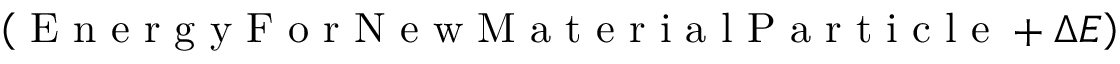
\left( \mathrm { ~ E ~ n ~ e ~ r ~ g ~ y ~ F ~ o ~ r ~ N ~ e ~ w ~ M ~ a ~ t ~ e ~ r ~ i ~ a ~ l ~ P ~ a ~ r ~ t ~ i ~ c ~ l ~ e ~ } + \Delta E \right)